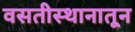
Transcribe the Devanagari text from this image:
वसतीस्थानातून